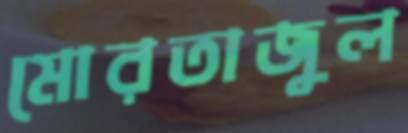
মোরতাজুল